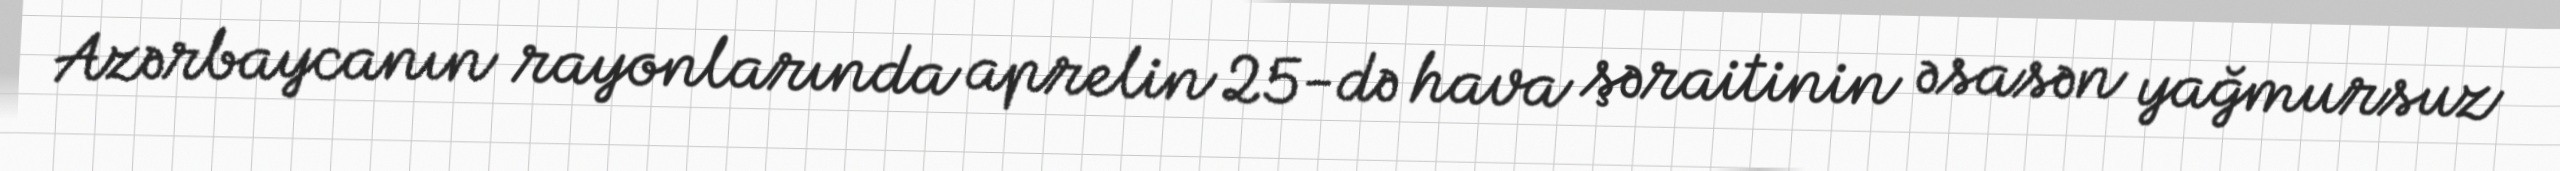
Azərbaycanın rayonlarında aprelin 25-də hava şəraitinin əsasən yağmursuz